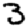
Digit: 3